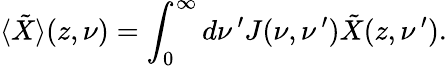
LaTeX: \langle\tilde{X}\rangle(z,\nu)=\int_{0}^{\infty}d\nu\, ^{\prime}J(\nu,\nu\, ^{\prime})\tilde{X}(z,\nu\, ^{\prime}).